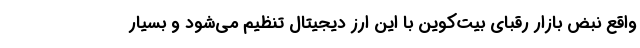
واقع نبض بازار رقبای بیت‌کوین با این ارز دیجیتال تنظیم می‌شود و بسیار